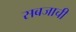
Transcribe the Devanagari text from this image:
सबजाची